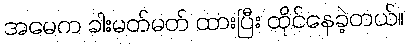
အမေက ခါးမတ်မတ် ထားပြီး ထိုင်နေခဲ့တယ်။